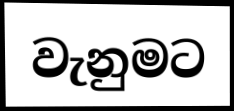
වැනුමට